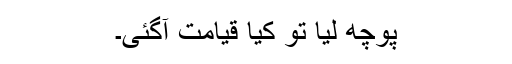
پوچھ لیا تو کیا قیامت آگئی۔